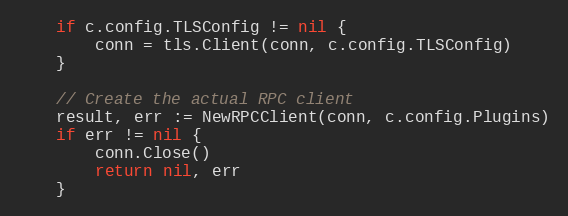
Language: Go
	if c.config.TLSConfig != nil {
		conn = tls.Client(conn, c.config.TLSConfig)
	}

	// Create the actual RPC client
	result, err := NewRPCClient(conn, c.config.Plugins)
	if err != nil {
		conn.Close()
		return nil, err
	}